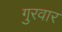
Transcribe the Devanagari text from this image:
गुरवार